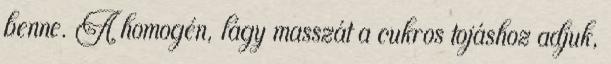
benne. A homogén, lágy masszát a cukros tojáshoz adjuk,